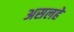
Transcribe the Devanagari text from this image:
असलहे